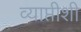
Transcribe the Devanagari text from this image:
व्याप्तीशी